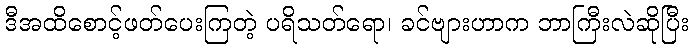
ဒီအထိစောင့်ဖတ်ပေးကြတဲ့ ပရိသတ်ရော၊ ခင်ဗျားဟာက ဘာကြီးလဲဆိုပြီး